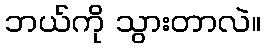
ဘယ်ကို သွားတာလဲ။